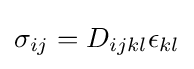
\sigma _{ij}=D_{ijkl}\epsilon _{kl}